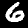
Digit: 6